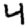
Digit: 4